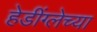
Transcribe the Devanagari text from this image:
हेडींग्लेच्या